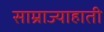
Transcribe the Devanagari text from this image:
साम्राज्याहाती